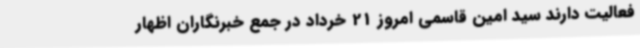
فعالیت دارند سید امین قاسمی امروز 21 خرداد در جمع خبرنگاران اظهار